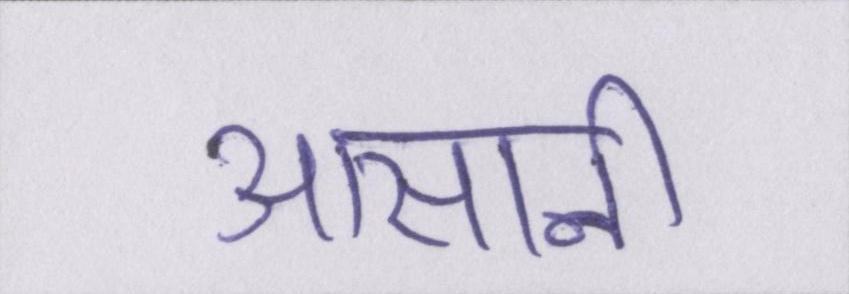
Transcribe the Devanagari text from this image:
आसानी